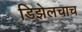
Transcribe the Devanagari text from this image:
डिझेलचाच